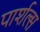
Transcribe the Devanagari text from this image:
पार्शल्स